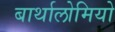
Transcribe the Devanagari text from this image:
बार्थालोमियो